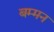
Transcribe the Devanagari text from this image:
बम्मन